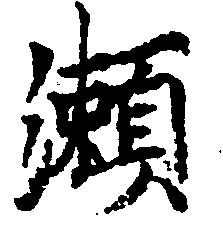
瀬